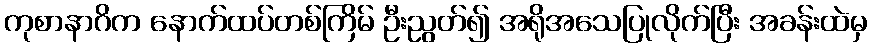
ကုစာနာဂိက နောက်ထပ်တစ်ကြိမ် ဦးညွတ်၍ အရိုအသေပြုလိုက်ပြီး အခန်းထဲမှ